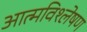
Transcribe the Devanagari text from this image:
आत्मविश्लेषण